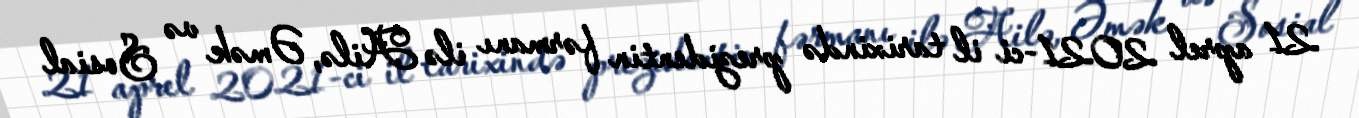
21 aprel 2021-ci il tarixində prezidentin fərmanı ilə Ailə, Əmək və Sosial